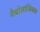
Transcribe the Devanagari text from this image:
पैथोलांजिकल